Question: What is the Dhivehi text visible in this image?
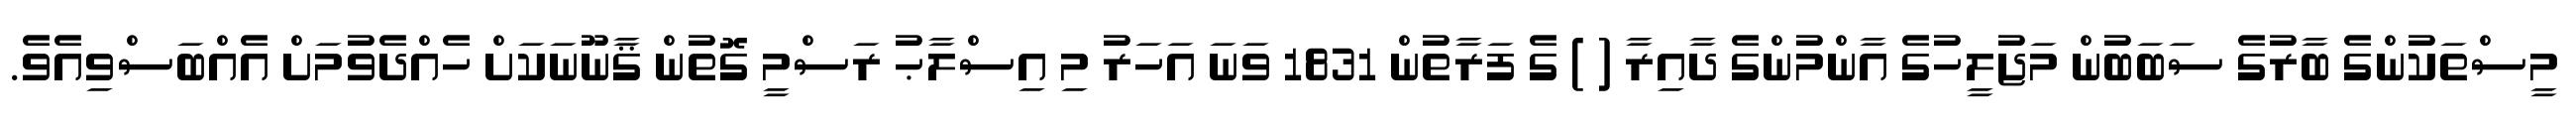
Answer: މީސްތަކުންގެ ބާރުގެ ސަބަބުން މަޖުލީހުގެ އާންމުންގެ ދާއިރާ ( ) ގެ ފަރާތުން 1831 ވަނަ އަހަރު މި އިސްލާޙު ރަސްމީ ގޮތުން ޤާނޫނަކަށް ހެއްދެވުމަށް އެއްބަސްވިއެވެ.